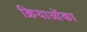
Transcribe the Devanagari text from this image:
क्रियाओंका